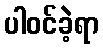
ပါဝင်ခဲ့ရာ